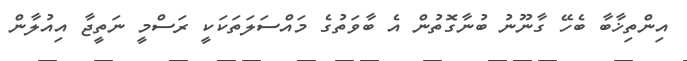
އިންތިޚާބާ ބެހޭ ގާނޫނު ބުނާގޮތުން އެ ބާވަތުގެ މައްސަލަތަކަކީ ރަސްމީ ނަތީޖާ އިއުލާން